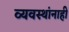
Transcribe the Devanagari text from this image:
व्यवस्थांनाही